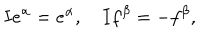
I e ^ { \alpha } = e ^ { \alpha } , \quad I f ^ { \beta } = - f ^ { \beta } ,